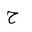
Letter: _ha